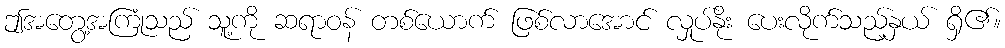
ဤအတွေ့အကြုံသည် သူ့ကို ဆရာဝန် တစ်ယောက် ဖြစ်လာအောင် လှုပ်နိုး ပေးလိုက်သည့်နှယ် ရှိ၏။